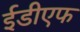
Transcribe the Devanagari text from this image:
ईडीएफ